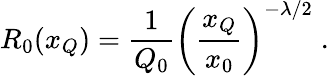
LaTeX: R_{0}(x_{Q})=\frac{1}{Q_{0}}\left(\frac{x_{Q}}{x_{0}}\right)^{-\lambda/2}\; .